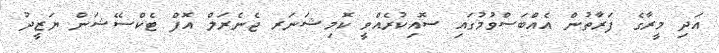
އަދި މީރާގެ ފަރާތުން އެއްބަސްވުމުގައި ސޮއިކުރެއްވީ ކޮމިޝަނަރ ޖެނެރަލް އޮފް ޓެކްސޭޝަން ޔަޒީދު